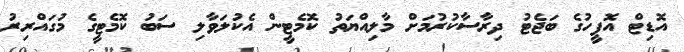
އޮޑިޓް އޮފީހުގެ ބަޖެޓު ދިރާސާކުރުމަށް މާލިއްޔަތު ކޮމެޓީން އެކުލަވާލި ސަބު ކޮމެޓީގެ މުގައްރިރު